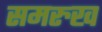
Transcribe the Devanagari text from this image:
समरुख